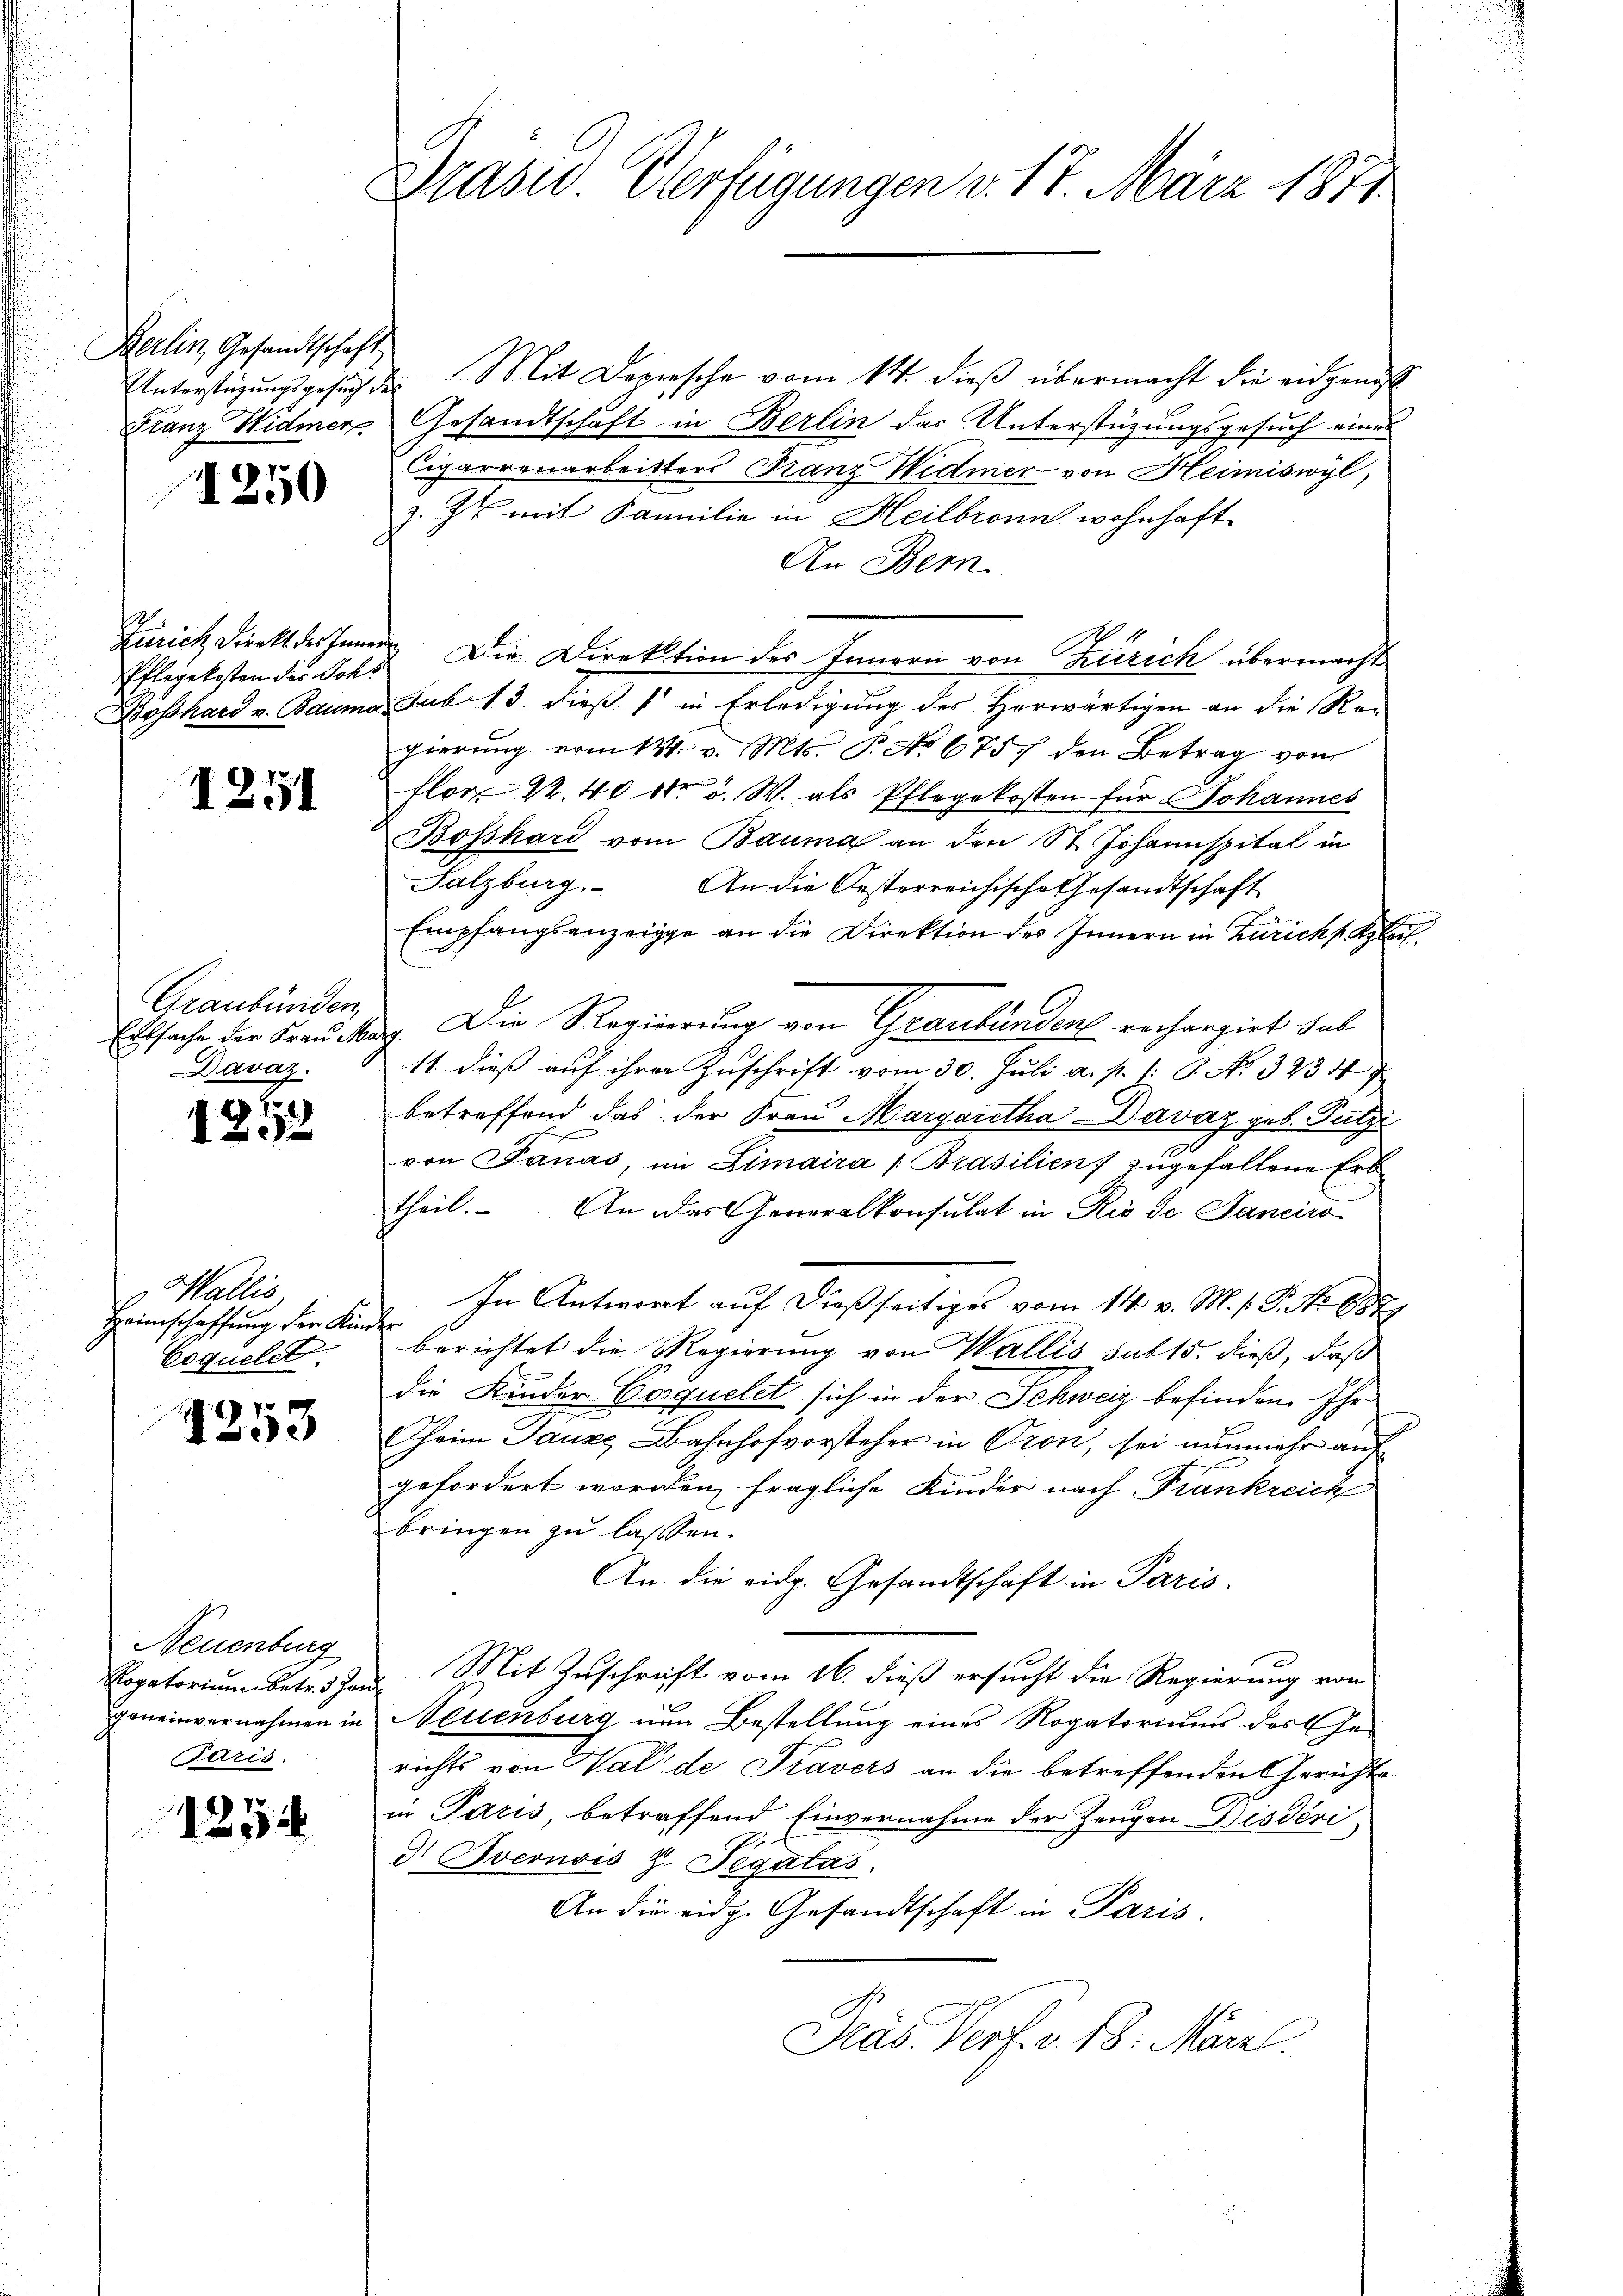
Berlin, Gesandtschaft
Franz Widmer

1250

Pflegekosten der Ochs

1251

Graubünden
Ertsache der Frau d
Davaz.

122

Wallis,
Heimschaffung der Kin¬
Coquelst

7
0

Neuenburg
Rogatorium betr. 3. Jan
geneinvernahmen in
Paris.

1254

Präsid Verfügungen v. 17. März 1871

f

Unterstüzungsgesuch des Mit Depesche vom 14. dieß übermacht die eidgenöß
Gesandtschaft in Berlin das Unterstüzungsgesuch eines
Cigarrenarbeitters Franz Widmer von Heimiswyl,
z. Er mit Familie in Heilbronn wohnhaft
An Bern.
Zürich Direkt des Inner. Die Direktion des Innern von Zürich übermacht
Boßhard v. Bauma, sub 13. dieß (in Erledigung des Herwärtigen an die Ro-
gierung vom 13. v. Mts. P. No 6757 den Betrag von
flor 22. 40 10 d. W. als Pflegekosten für Johannes
Bosshard vom Bauma an den St. Johannspital in
Salzburg. An die Oesterreichische Gesandtschaft
Empfangsanzeige an die Direktion des Innern in Zürichs Aplech
39. Die Regierung von Graubünden rechargiet dab
11. dieß auf ihrer Zuschrift vom 30. Juli a. p. 1: P. No. 32347
betreffend das der Frau Margaretha Davaz geb. Putzi
von Janas, im Limaira (Brasilien) zugefallene Erbtheil. An das Generalkonsulat in Rio de Sanciro
In Antwort auf dießseitiges vom 14. v. M. s. R. No 687.
f
berichtet die Regierung von Wallis sub 15. dieß, daß
die Kinder Posquelet sich in der Schweiz befinden. Ihr
heim Tauze Bahnhofvorsteher in Pron, sei nunmehr auf
gefordert worden, fragliche Kinder nach Frankreich
bringen zu lassen.
An die eidg. Gesandtschaft in Paris.
Mit Zuschrift vom 16. dieß ersucht die Regierung von
Neuenburg nun Bestellung eines Rogatoriums des Gerichts von Halde Stavers an die betreffenden Gerichte
in Paris, betreffend Einvernahme der Zeugen-Disdéri
d Sveonois G. Segalas
An die eidg. Gesandtschaft in Paris.
Präs. Verf. v. 18. Märzl.